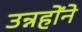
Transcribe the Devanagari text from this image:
उन्नहोंने